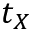
t _ { X }